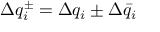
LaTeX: \Delta q _ { i } ^ { \pm } = \Delta q _ { i } \pm \Delta \bar { q } _ { i }